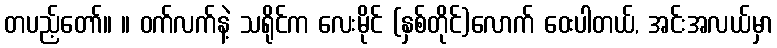
တပည့်တော်။ ။ ဝက်လက်နဲ့ သရိုင်က လေးမိုင် (နှစ်တိုင်)လောက် ဝေးပါတယ်, အင်းအလယ်မှာ